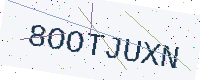
Text: 8OOTJUXN